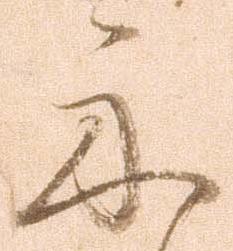
示